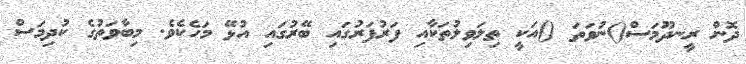
ދޮން ރީނދޫމަސް()ނުވަތަ ()އަކީ ތިލަވިލުތަކާއި ފަރުފަރުގައި ބޭރުގައި އުޅޭ މަހެކެވެ. މިބާވަތުގެ ކުދިމަސް